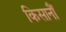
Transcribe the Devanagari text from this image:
किसानौं